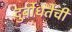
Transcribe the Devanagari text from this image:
दुर्बोधतेची